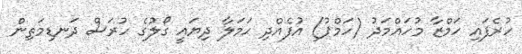
ހުރެފައި ހަމްޒާ މުހައްމަދު (ހަމްޕު) އުފެއްދި ހަމަލާ ދިޔައީ ގޯލުގެ ހުރަސް ދަނޑިމަތިން